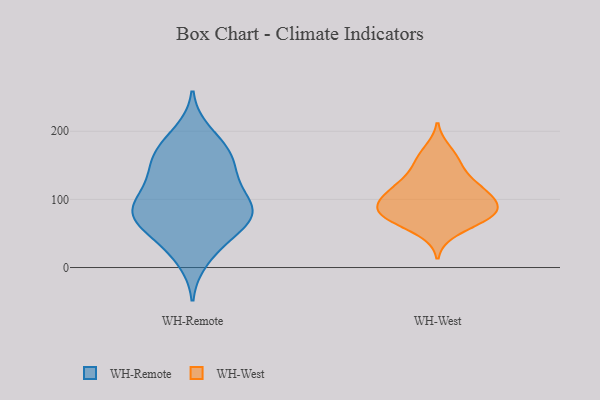
{"axis": {"x": "Humidity (%)", "y": "Value"}, "legend": ["WH-Remote", "WH-West"], "data": [{"x": "", "y": 179, "type": "WH-Remote"}, {"x": "", "y": 79, "type": "WH-Remote"}, {"x": "", "y": 81, "type": "WH-Remote"}, {"x": "", "y": 161, "type": "WH-Remote"}, {"x": "", "y": 77, "type": "WH-Remote"}, {"x": "", "y": 12, "type": "WH-Remote"}, {"x": "", "y": 153, "type": "WH-Remote"}, {"x": "", "y": 74, "type": "WH-Remote"}, {"x": "", "y": 126, "type": "WH-Remote"}, {"x": "", "y": 96, "type": "WH-Remote"}, {"x": "", "y": 151, "type": "WH-Remote"}, {"x": "", "y": 39, "type": "WH-Remote"}, {"x": "", "y": 198, "type": "WH-Remote"}, {"x": "", "y": 35, "type": "WH-Remote"}, {"x": "", "y": 173, "type": "WH-Remote"}, {"x": "", "y": 120, "type": "WH-Remote"}, {"x": "", "y": 116, "type": "WH-Remote"}, {"x": "", "y": 80, "type": "WH-Remote"}, {"x": "", "y": 68, "type": "WH-Remote"}, {"x": "", "y": 75, "type": "WH-Remote"}, {"x": "", "y": 104, "type": "WH-West"}, {"x": "", "y": 123, "type": "WH-West"}, {"x": "", "y": 172, "type": "WH-West"}, {"x": "", "y": 71, "type": "WH-West"}, {"x": "", "y": 149, "type": "WH-West"}, {"x": "", "y": 90, "type": "WH-West"}, {"x": "", "y": 76, "type": "WH-West"}, {"x": "", "y": 53, "type": "WH-West"}, {"x": "", "y": 117, "type": "WH-West"}, {"x": "", "y": 101, "type": "WH-West"}, {"x": "", "y": 125, "type": "WH-West"}, {"x": "", "y": 157, "type": "WH-West"}, {"x": "", "y": 73, "type": "WH-West"}, {"x": "", "y": 106, "type": "WH-West"}, {"x": "", "y": 82, "type": "WH-West"}, {"x": "", "y": 85, "type": "WH-West"}, {"x": "", "y": 78, "type": "WH-West"}]}